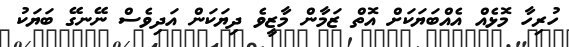
ހުރިހާ މޮޅެއް އެއްބަޔަކަށް އޮތް ޒަމާން މާޒީވެ ދިޔަކަން އަދިވެސް ނޭނގޭ ބަޔަކު